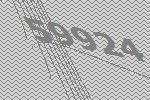
59924